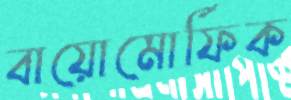
বায়োমোর্ফিক